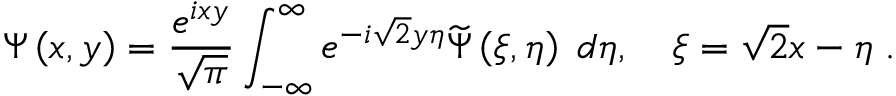
\Psi \left( x , y \right) = \frac { e ^ { i x y } } { \sqrt { \pi } } \int _ { - \infty } ^ { \infty } e ^ { - i \sqrt { 2 } y \eta } \widetilde { \Psi } \left( \xi , \eta \right) \; d \eta , \quad \xi = \sqrt { 2 } x - \eta \; .